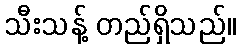
သီးသန့် တည်ရှိသည်။